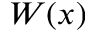
W ( x )